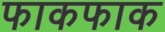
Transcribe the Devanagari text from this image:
फाकफाक